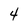
Character: 4